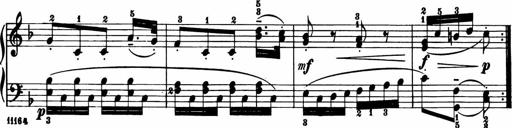
Title: 11 Sonatinas for Piano Solo
Composer: Anton Diabelli